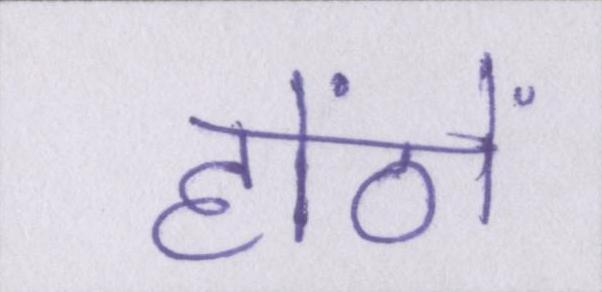
होंठों